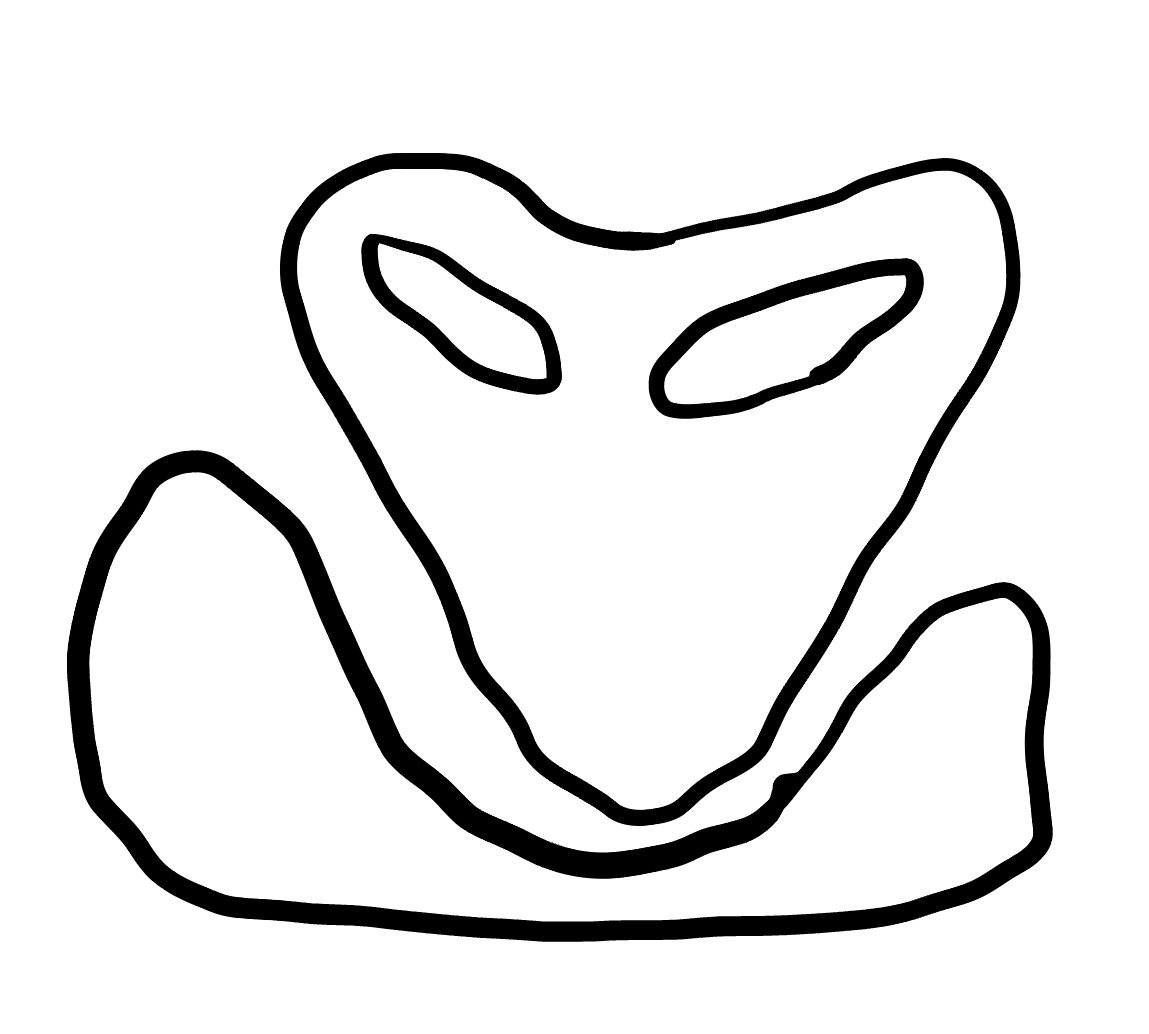
Number of regions (including the outer root region): 5
Containment tree edges (parent, child): 0, 1, 0, 2, 2, 3, 2, 4